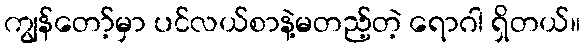
ကျွန်တော့်မှာ ပင်လယ်စာနဲ့မတည့်တဲ့ ရောဂါ ရှိတယ်။